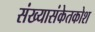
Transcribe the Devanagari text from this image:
संख्यासंकेतकोश